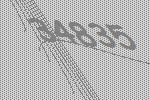
34835